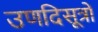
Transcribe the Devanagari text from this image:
उणदिसूत्रों